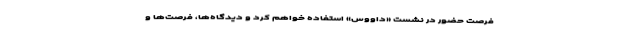
فرصت حضور در نشست «داووس» استفاده خواهم کرد و دیدگاه‌ها، فرصت‌ها و